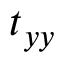
t _ { y y }